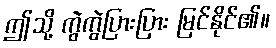
ဤသို့ ကွဲကွဲပြားပြား မြင်နိုင်၏။